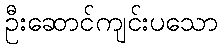
ဦးဆောင်ကျင်းပသော